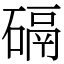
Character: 䃒